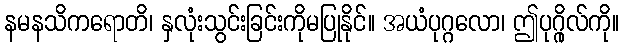
နမနသိကရောတိ၊ နှလုံးသွင်းခြင်းကိုမပြုနိုင်။ အယံပုဂ္ဂလော၊ ဤပုဂ္ဂိုလ်ကို။